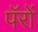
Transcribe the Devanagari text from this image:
पॅरों